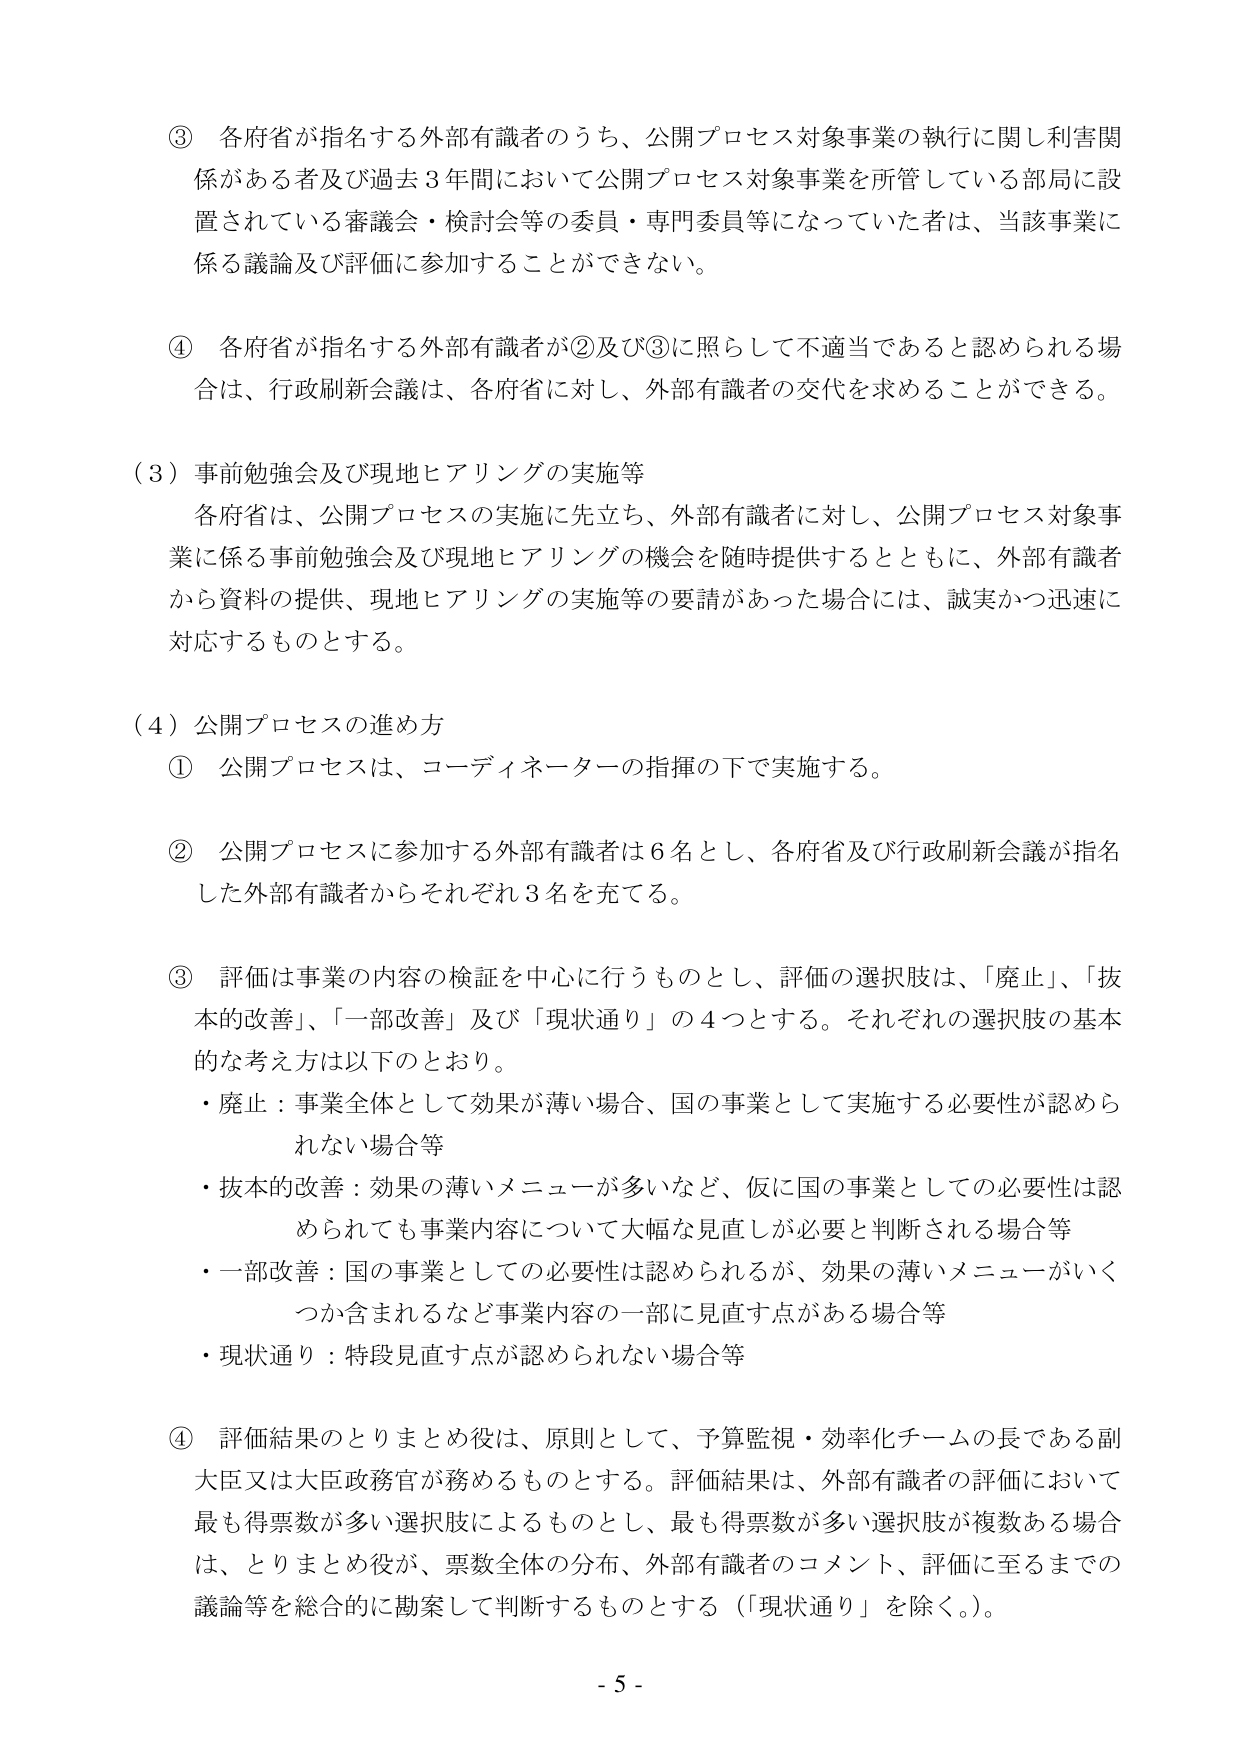
③ 各府省が指名する外部有識者のうち、公開プロセス対象事業の執行に関し利害関係がある者及び過去３年間において公開プロセス対象事業を所管している部局に設置されている審議会・検討会等の委員・専門委員等になっていた者は、当該事業に係る議論及び評価に参加することができない。

④ 各府省が指名する外部有識者が②及び③に照らして不適当であると認められる場合は、行政刷新会議は、各府省に対し、外部有識者の交代を求めることができる。

（３）事前勉強会及び現地ヒアリングの実施等
各府省は、公開プロセスの実施に先立ち、外部有識者に対し、公開プロセス対象事業に係る事前勉強会及び現地ヒアリングの機会を随時提供するとともに、外部有識者から資料の提供、現地ヒアリングの実施等の要請があった場合には、誠実かつ迅速に対応するものとする。

（４）公開プロセスの進め方
① 公開プロセスは、コーディネーターの指揮の下で実施する。

② 公開プロセスに参加する外部有識者は６名とし、各府省及び行政刷新会議が指名した外部有識者からそれぞれ３名を充てる。

③ 評価は事業の内容の検証を中心に行うものとし、評価の選択肢は、「廃止」、「抜本的改善」、「一部改善」及び「現状通り」の４つとする。それぞれの選択肢の基本的な考え方は以下のとおり。
・廃止：事業全体として効果が薄い場合、国の事業として実施する必要性が認められない場合等
・抜本的改善：効果の薄いメニューが多いなど、仮に国の事業としての必要性は認められても事業内容について大幅な見直しが必要と判断される場合等
・一部改善：国の事業としての必要性は認められるが、効果の薄いメニューがいくつか含まれるなど事業内容の一部に見直す点がある場合等
・現状通り：特段見直す点が認められない場合等

④ 評価結果のとりまとめ役は、原則として、予算監視・効率化チームの長である副大臣又は大臣政務官が務めるものとする。評価結果は、外部有識者の評価において最も得票数が多い選択肢によるものとし、最も得票数が多い選択肢が複数ある場合は、とりまとめ役が、票数全体の分布、外部有識者のコメント、評価に至るまでの議論等を総合的に勘案して判断するものとする（「現状通り」を除く。）。

- 5 -